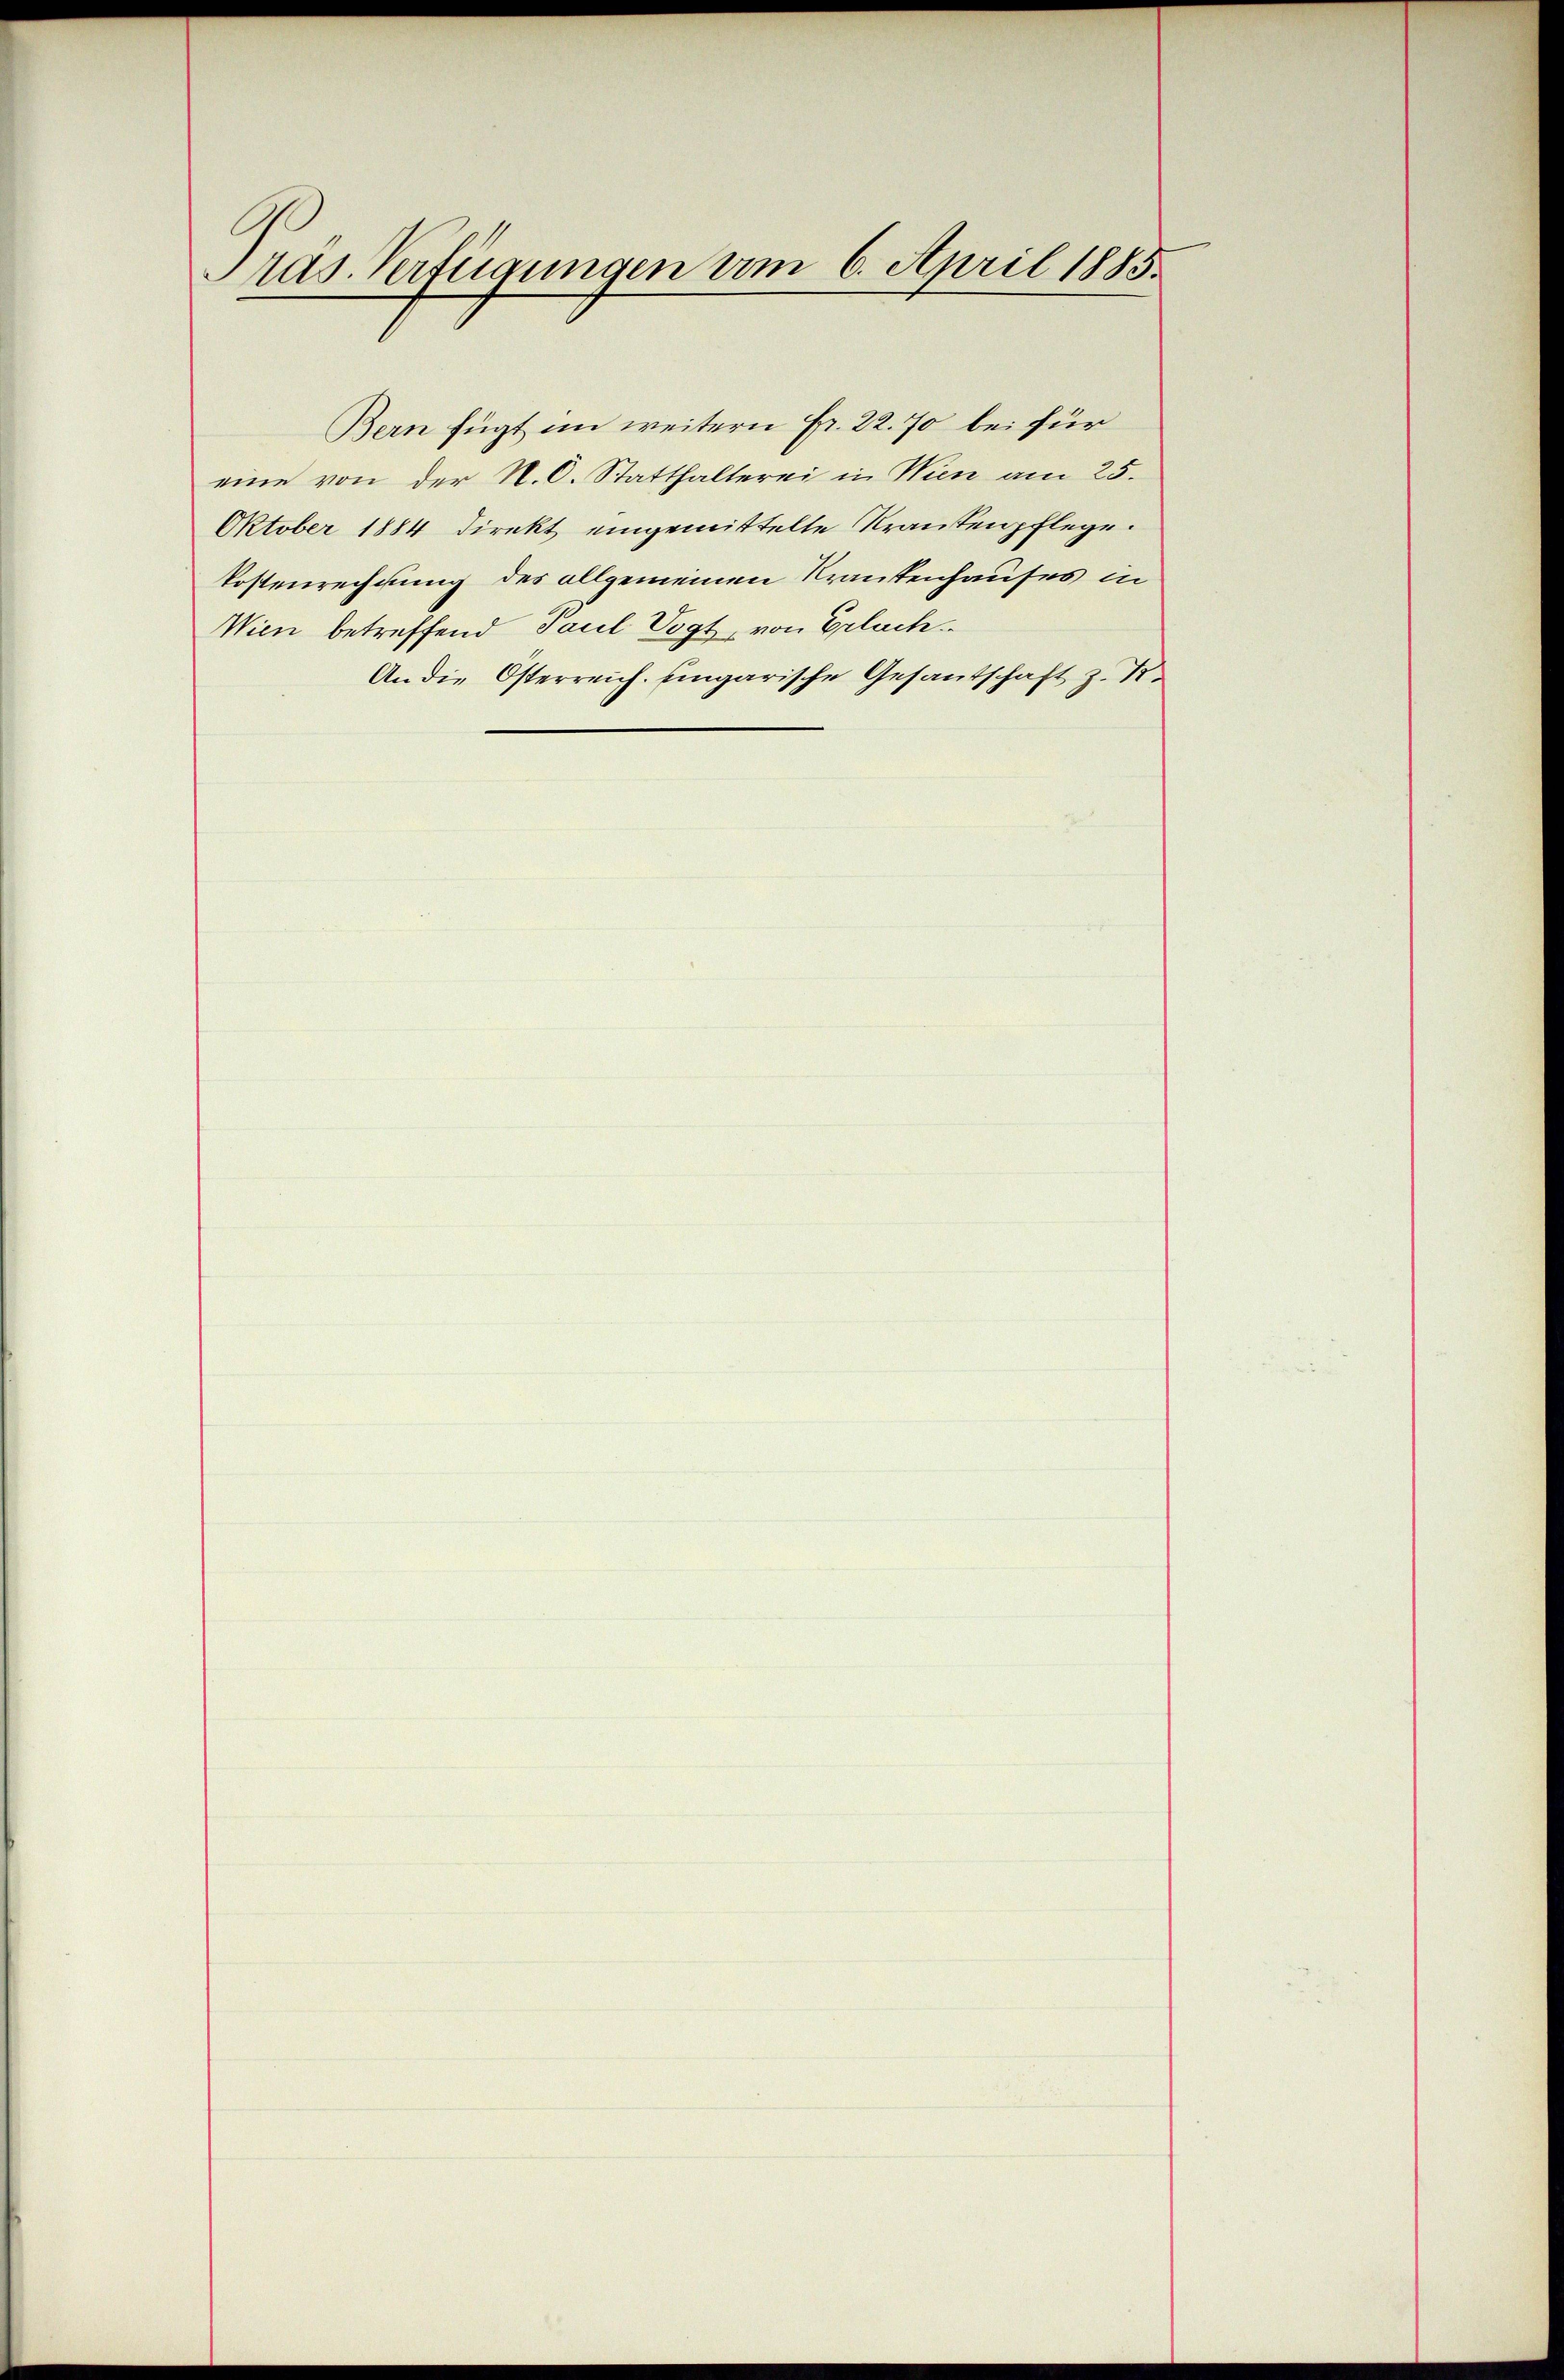
ras. Verfügungen um 6. April 1885.

Bern fügt im weitern Fr. 22. 70 bei für
eine von der N. O. Statthalterei in Wien am 25.
Oktober 1884 direkt eingemittelte Krantenpflege.
Postenrechnung des allgemeinen Krankenhauses in
Wien betreffend Paul Vogt, von Erlach
An die Österreich. Eingarische Gesantschaft z. K.